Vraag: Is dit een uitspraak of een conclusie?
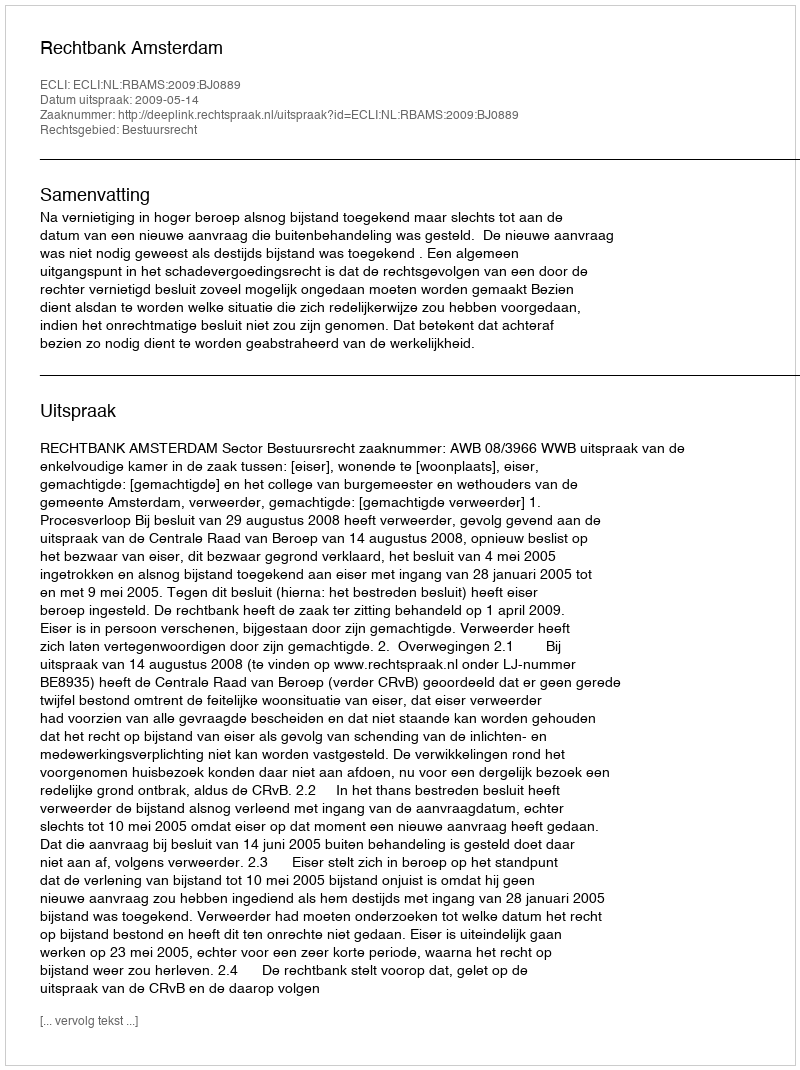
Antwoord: Uitspraak